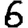
Digit: 6